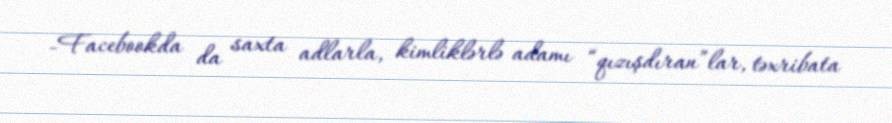
-Facebookda da saxta adlarla, kimliklərlə adamı “qızışdıran”lar, təxribata